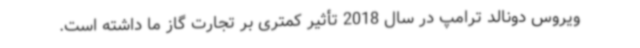
ویروس دونالد ترامپ در سال 2018 تأثیر کمتری بر تجارت گاز ما داشته است.